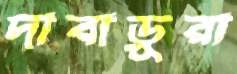
দাবাড়ুরা